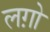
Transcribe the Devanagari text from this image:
लग़ो